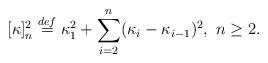
\begin{align*} [\kappa]_n^2 \stackrel{def}{=} \kappa_1^2 + \sum_{i=2}^n (\kappa_i - \kappa_{i-1})^2, \ n \ge 2.\end{align*}